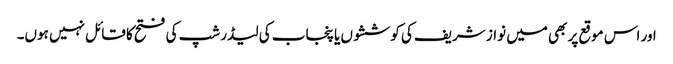
اور اس موقع پر بھی میں نواز شریف کی کوششوں یا پنجاب کی لیڈر شپ کی فتح کا قائل نہیں ہوں۔